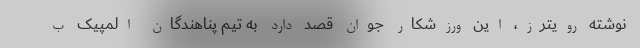
نوشته رویترز، این ورزشکار جوان قصد دارد به تیم پناهندگان المپیک ب